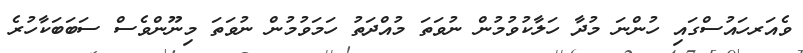
ވެއަރހައުސްގައި ހުންނަ މުދާ ހަލާކުވުމުން ނުވަތަ މުއްދަތު ހަމަވުމުން ނުވަތަ މިނޫންވެސް ސަބަބަކާހުރެ